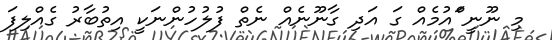
މި ނޫނީ ްައުމެއް ގަ އަދި ގާނޫނެއް ނެތް ފުލުހުންނަކީ އިތުބާރު ގެއްލިފަ